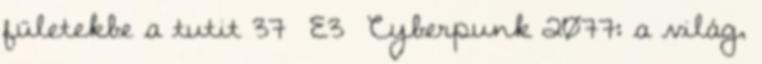
fületekbe a tutit 37 E3 Cyberpunk 2077: a világ,